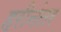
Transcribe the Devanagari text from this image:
हरीनंतर